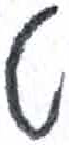
אות: ט